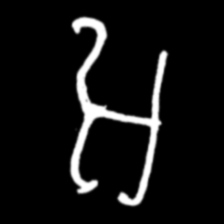
Pyu character \u2014 Myanmar letter: အ (romanized: a)